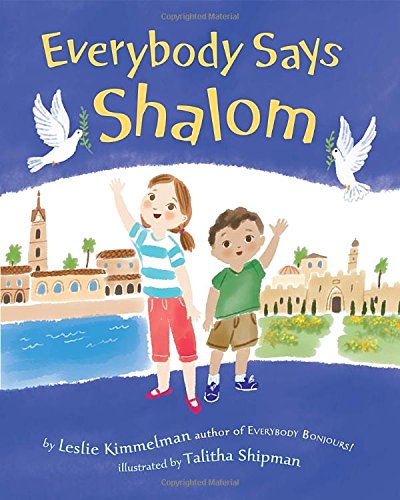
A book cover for Everybody Says Shalom; Leslie A. Kimmelman; Travel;